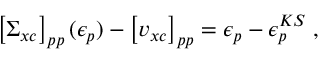
\left[ \Sigma _ { x c } \right] _ { p p } ( \epsilon _ { p } ) - \left[ v _ { x c } \right] _ { p p } = \epsilon _ { p } - \epsilon _ { p } ^ { K S } \; ,